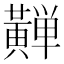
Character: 𱋴